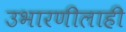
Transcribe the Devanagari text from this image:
उभारणीलाही